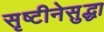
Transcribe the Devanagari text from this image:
सृष्टीनेसुद्धा